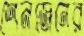
শেনজেনের